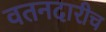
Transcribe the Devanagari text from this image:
वतनदारीच